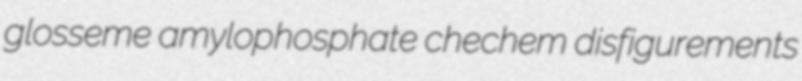
glosseme amylophosphate chechem disfigurements